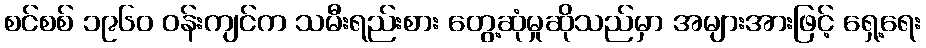
စင်စစ် ၁၉၆၀ ဝန်းကျင်က သမီးရည်းစား တွေ့ဆုံမှုဆိုသည်မှာ အများအားဖြင့် ရှေ့ရေး